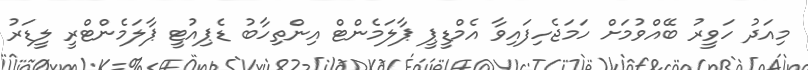
މިއަދު ހަވީރު ބޭއްވުމަށް ހަމަޖެހިފައިވާ އެމްޑީޕީ ޕާލަމެންޓް އިންތިހާބު ޑެޕިއުޓީ ޕާލަމެންޓްރީ ލީޑަރު